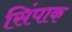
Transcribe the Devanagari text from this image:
सिंपाक